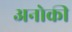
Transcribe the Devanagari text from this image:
अनोकी